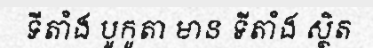
ទីតាំង បូកូតា មាន ទីតាំង ស្ថិត